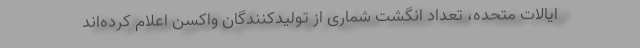
ایالات متحده، تعداد انگشت شماری از تولیدکنندگان واکسن اعلام کرده‌اند